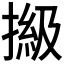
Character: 𢲩